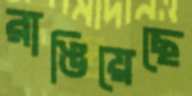
রাঙিয়েছে